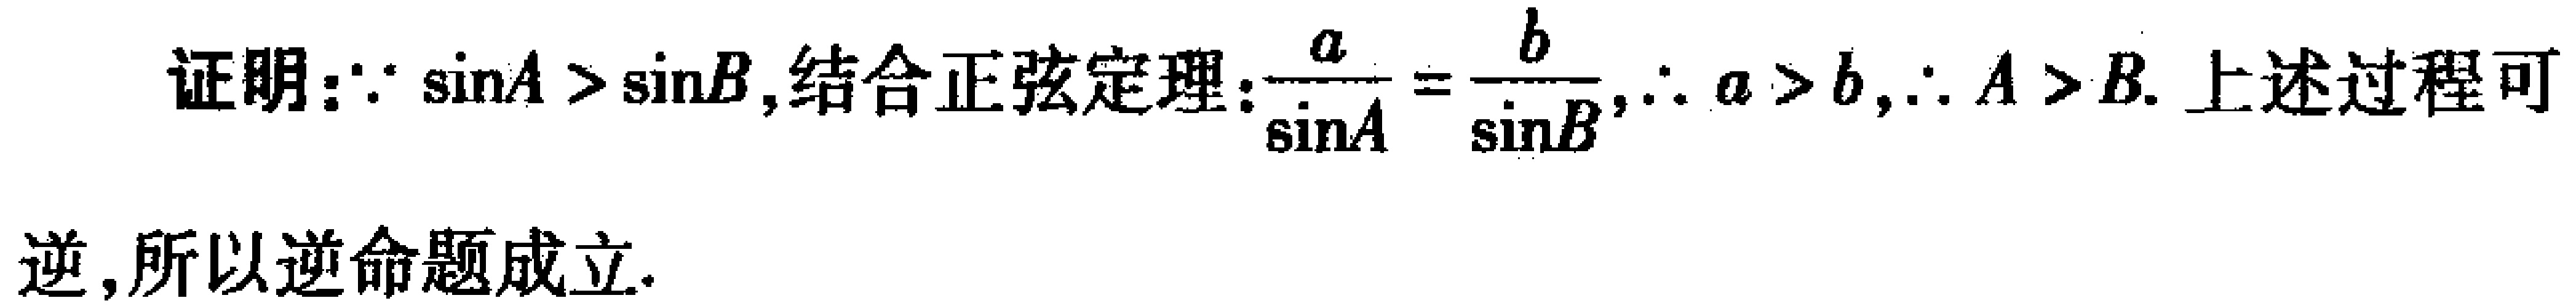
证明：$\because \sin A > \sin B$,结合正弦定理：$\frac{a}{\sin A}=\frac{b}{\sin B}$,$\therefore a > b$,$\therefore A > B$. 上述过程可
逆,所以逆命题成立.